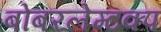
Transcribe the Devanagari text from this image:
बोबरलेम्टक्प